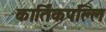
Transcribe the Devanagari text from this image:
कार्तिकपल्लि